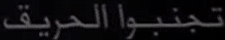
تجنبوا الحرائق